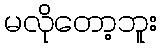
မလိုတော့ဘူး